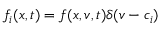
f _ { i } ( x , t ) = f ( x , v , t ) \delta ( v - c _ { i } )